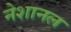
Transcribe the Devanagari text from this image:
नेशानल